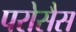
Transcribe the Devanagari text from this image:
परोसैस